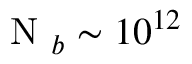
\mathrm { ~ N ~ } _ { b } \sim 1 0 ^ { 1 2 }